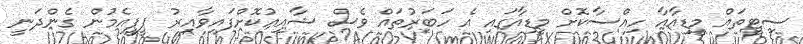
ސިޓީތައް މީޑިއާއާ ހިއްސާކޮށް މީޑިއާގައި އެ ހަބަރުތައް ވެސް ޝާއިއުކޮށްފައިވާއިރު ޕީޕީއެމުން ގެންދަނީ